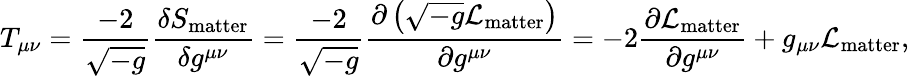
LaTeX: T_{\mu\nu}={\frac{-2}{\sqrt{-g}}}{\frac{\delta S_{\mathrm{matter}}}{\delta g^{\mu\nu}}}={\frac{-2}{\sqrt{-g}}}{\frac{\partial\left({\sqrt{-g}}{\mathcal{L}}_{\mathrm{matter}}\right)}{\partial g^{\mu\nu}}}=-2{\frac{\partial{\mathcal{L}}_{\mathrm{matter}}}{\partial g^{\mu\nu}}}+g_{\mu\nu}{\mathcal{L}}_{\mathrm{matter}},